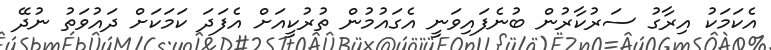
އެކަމަކު އިރާގު ސަރުކާރުން ބުނެފައިވަނީ އެގައުމުން ތުރުކީއަށް އެފަދަ ކަމަކަށް ދައުވަތު ނުދޭ